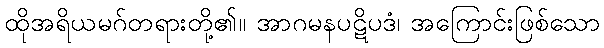
ထိုအရိယမဂ်တရားတို့၏။ အာဂမနပဋိပဒံ၊ အကြောင်းဖြစ်သော